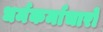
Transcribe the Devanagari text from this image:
धर्मकर्माचारों